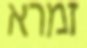
זמרא